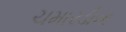
ચમારડીના